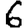
Digit: 6